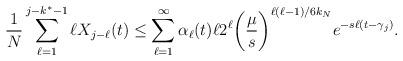
LaTeX: \begin{align*}\frac{1}{N} \sum_{\ell = 1}^{j - k^* - 1} \ell X_{j - \ell}(t) \leq \sum_{\ell = 1}^{\infty} \alpha_{\ell}(t) \ell 2^{\ell} \bigg( \frac{\mu}{s} \bigg)^{\ell (\ell - 1)/6 k_N} e^{-s \ell (t - \gamma_j)}.\end{align*}